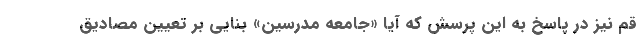
قم نیز در پاسخ به این پرسش که آیا «جامعه مدرسین» بنایی بر تعیین مصادیق